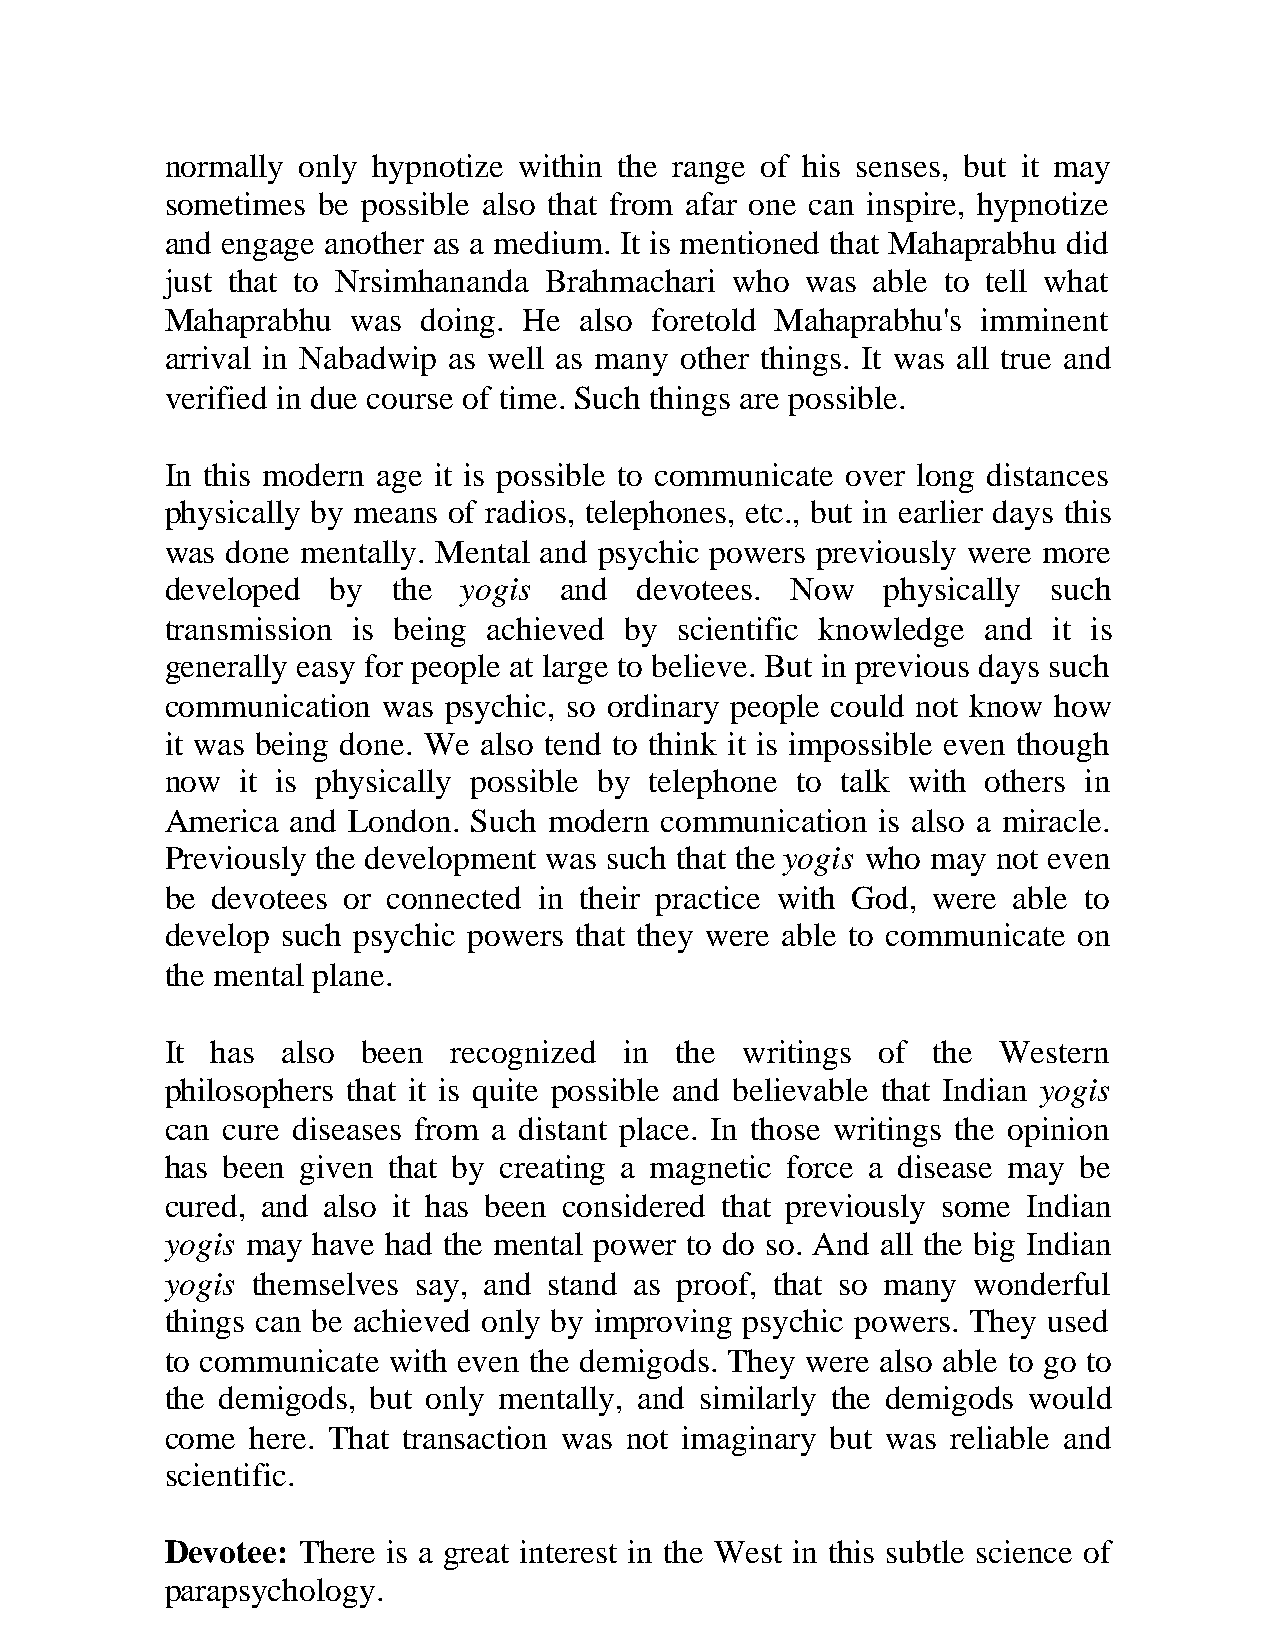
normally only hypnotize within the range of his senses, but it may
 sometimes be possible also that from afar one can inspire, hypnotize
 and engage another as a medium. It is mentioned that Mahaprabhu did
 just that to Nrsimhananda Brahmachari who was  able to tell what
 Mahaprabhu  was  doing. He also foretold Mahaprabhu's imminent
 arrival in Nabadwip as well as many other things. It was all true and
 verified in due course of time. Such things are possible.
 In this modern age it is possible to communicate over long distances
 physically by means of radios, telephones, etc., but in earlier days this
 was done mentally. Mental and psychic powers previously were more
 developed  by  the yogis  and  devotees. Now    physically such
 transmission is being achieved by scientific knowledge and it is
 generally easy for people at large to believe. But in previous days such
 communication was  psychic, so ordinary people could not know how
 it was being done. We also tend to think it is impossible even though
 now  it is physically possible by telephone to talk with others in
 America and London. Such modern  communication is also a miracle.
 Previously the development was such that the yogis who may not even
 be devotees or connected in their practice with God, were able to
 develop such psychic powers that they were able to communicate on
 the mental plane.
 It has  also been  recognized in  the writings of  the Western
 philosophers that it is quite possible and believable that Indian yogis
 can cure diseases from a distant place. In those writings the opinion
 has been given that by creating a magnetic force a disease may be
 cured, and also it has been considered that previously some Indian
 yogis may have had the mental power to do so. And all the big Indian
 yogis themselves say, and stand as proof, that so many wonderful
 things can be achieved only by improving psychic powers. They used
 to communicate with even the demigods. They were also able to go to
 the demigods, but only mentally, and similarly the demigods would
 come  here. That transaction was not imaginary but was reliable and
 scientific.
 Devotee: There is a great interest in the West in this subtle science of
 parapsychology.